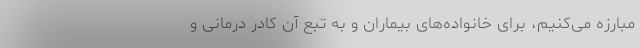
مبارزه می‌کنیم، برای خانواده‌های بیماران و به تبع آن کادر درمانی و